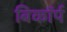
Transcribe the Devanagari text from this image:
बिकॉर्प